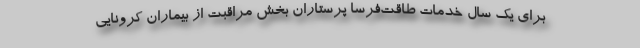
برای یک سال خدمات طاقت‌فرسا پرستاران بخش مراقبت از بیماران کرونایی